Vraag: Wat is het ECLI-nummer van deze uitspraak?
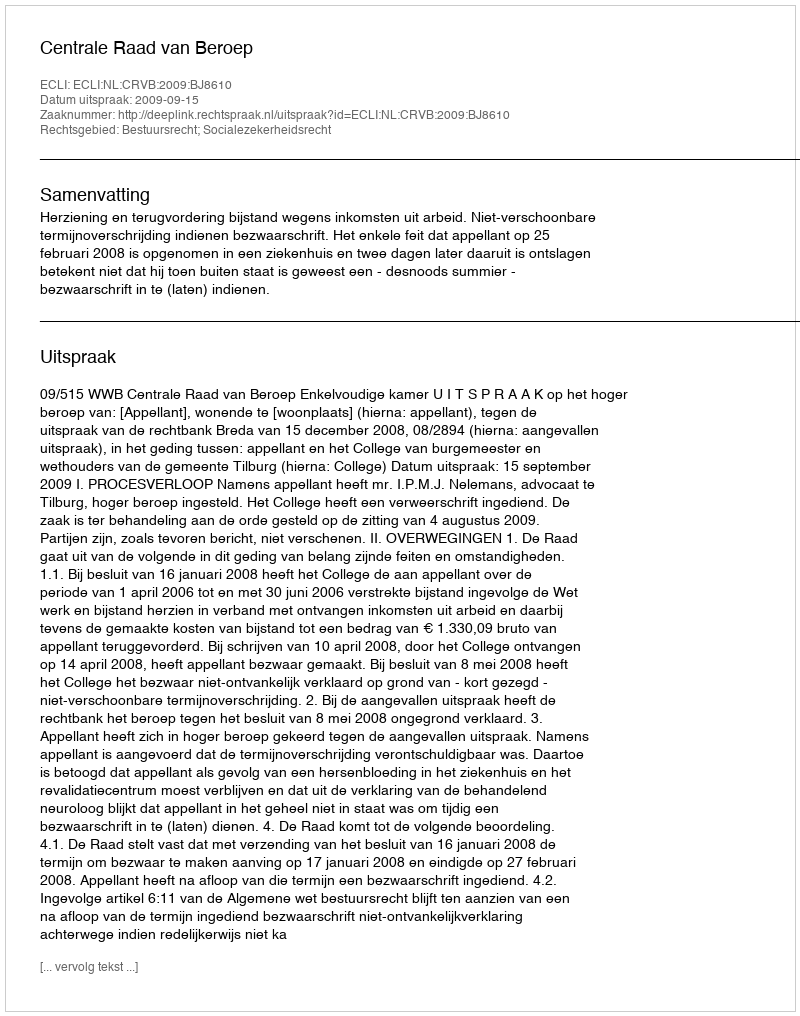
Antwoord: ECLI:NL:CRVB:2009:BJ8610